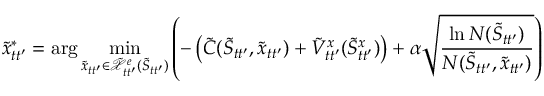
\tilde { x } _ { t t ^ { \prime } } ^ { * } = \arg \operatorname* { m i n } _ { \tilde { x } _ { t t ^ { \prime } } \in \tilde { \mathcal { X } } _ { t t ^ { \prime } } ^ { e } ( \tilde { S } _ { t t ^ { \prime } } ) } \left( - \left( \tilde { C } ( \tilde { S } _ { t t ^ { \prime } } , \tilde { x } _ { t t ^ { \prime } } ) + \tilde { V } _ { t t ^ { \prime } } ^ { x } ( \tilde { S } _ { t t ^ { \prime } } ^ { x } ) \right) + \alpha \sqrt { \frac { \ln N ( \tilde { S } _ { t t ^ { \prime } } ) } { N ( \tilde { S } _ { t t ^ { \prime } } , \tilde { x } _ { t t ^ { \prime } } ) } } \right)